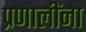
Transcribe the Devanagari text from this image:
प्रणालींना